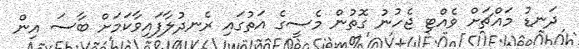
ދަނޑު މައްޗަށް ވެއްޓި ޖެހުނު ގޮތުން މެސީގެ އަތުގައި ރެނދުލާފައިވާކަމަށް ބާސަ އިން